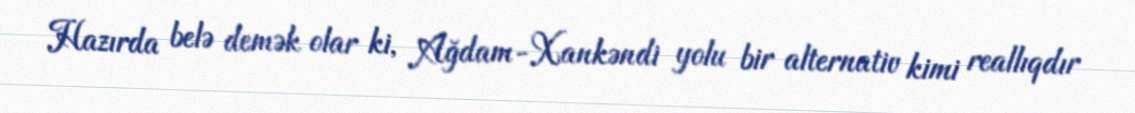
Hazırda belə demək olar ki, Ağdam-Xankəndi yolu bir alternativ kimi reallıqdır